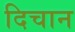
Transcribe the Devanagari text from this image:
दिचान